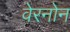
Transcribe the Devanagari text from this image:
वेरनोन